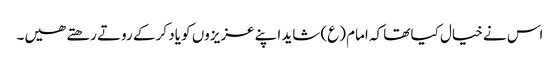
اس نے خیال کیا تھا کہ امام (ع) شاید اپنے عزیزوں کو یاد کر کے روتے رھتے ھیں۔